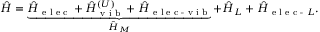
\hat { H } = \underbrace { \hat { H } _ { \textrm { e l e c } } + \hat { H } _ { \textrm { v i b } } ^ { ( U ) } + \hat { H } _ { \textrm { e l e c - v i b } } } _ { \hat { H } _ { M } } + \hat { H } _ { L } + \hat { H } _ { \textrm { e l e c - } L } .